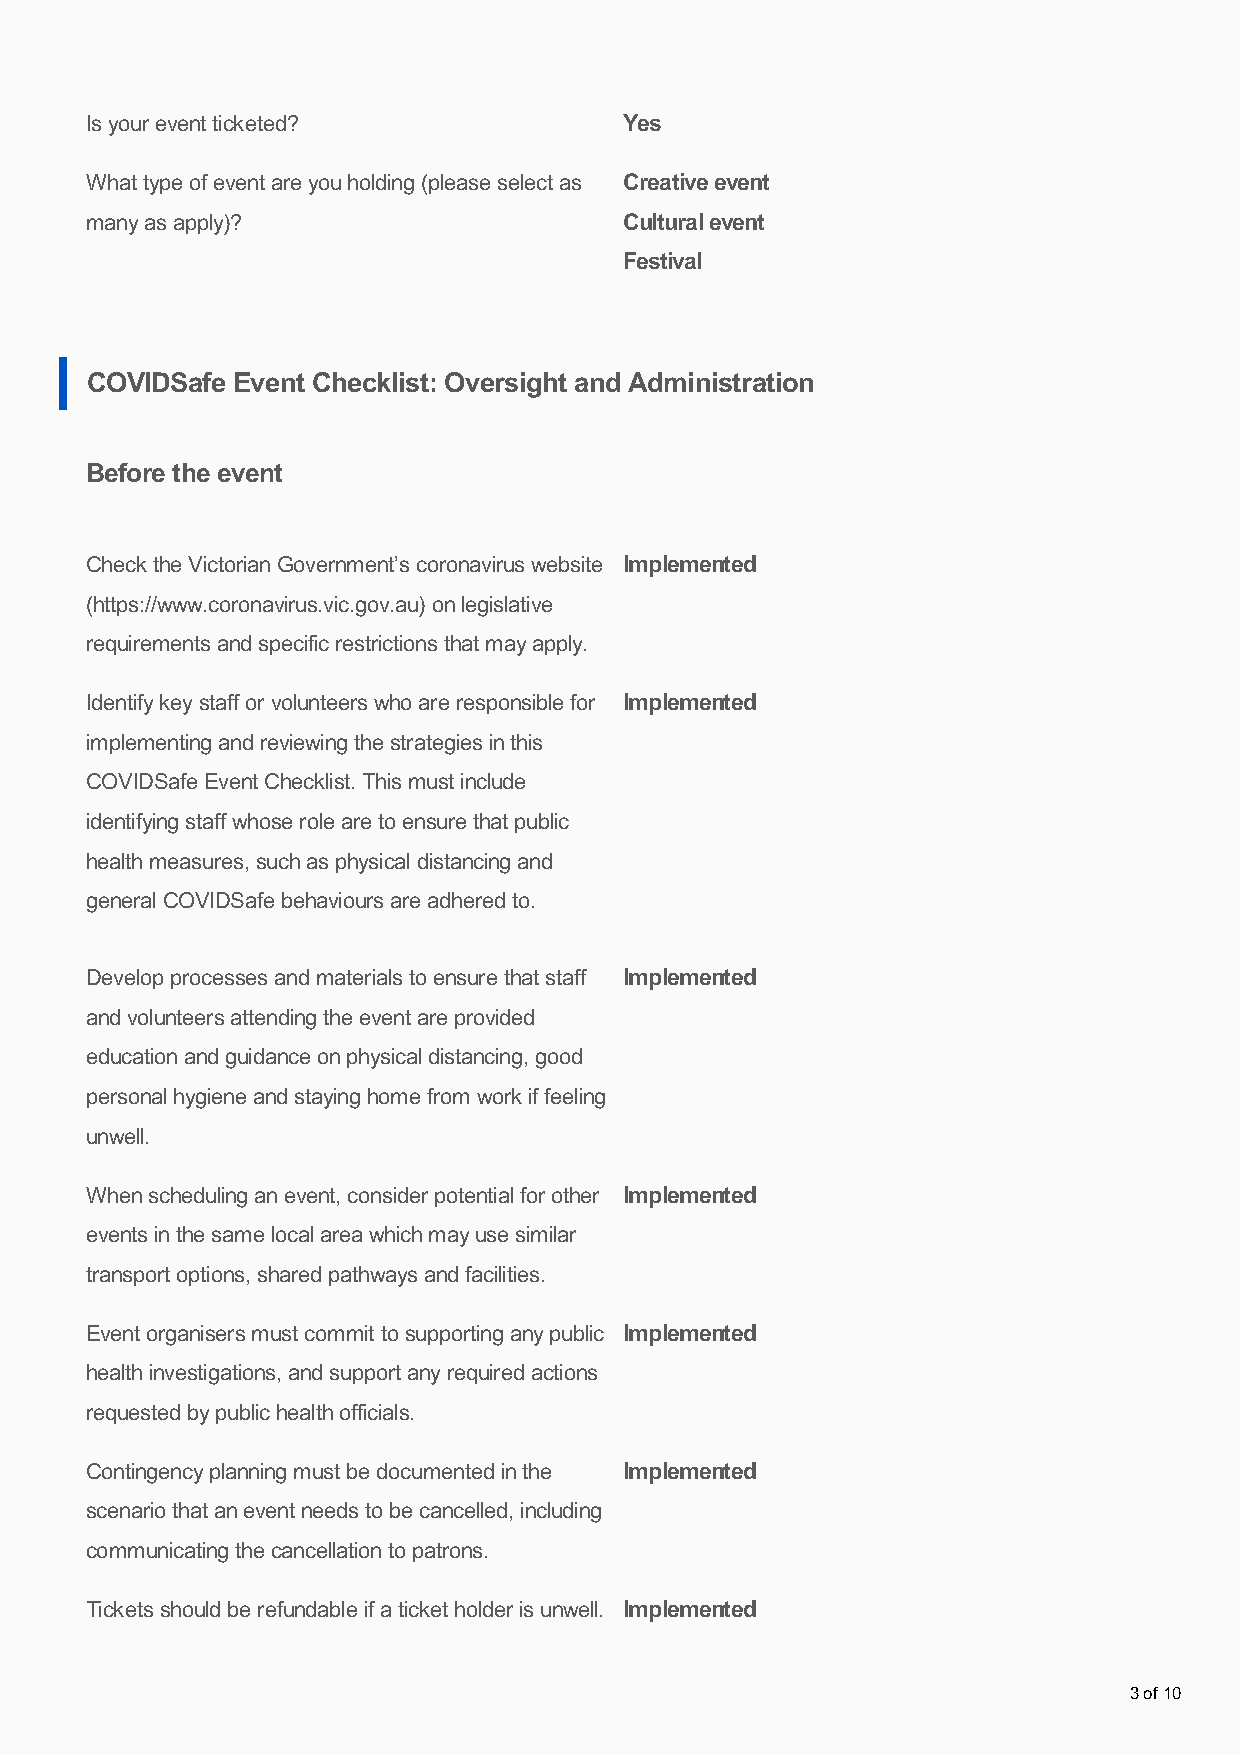
Is your event ticketed?            Yes
 What type of event are you holding (please select as Creative event
 many as apply)?                    Cultural event
 Festival
 COVIDSafe Event Checklist: Oversight and Administration
 Before the event
 Check the Victorian Government’s coronavirus website Implemented
 (https://www.coronavirus.vic.gov.au) on legislative
 requirements and specific restrictions that may apply.
 Identify key staff or volunteers who are responsible for Implemented
 implementing and reviewing the strategies in this
 COVIDSafe Event Checklist. This must include
 identifying staff whose role are to ensure that public
 health measures, such as physical distancing and
 general COVIDSafe behaviours are adhered to.
 Develop processes and materials to ensure that staff Implemented
 and volunteers attending the event are provided
 education and guidance on physical distancing, good
 personal hygiene and staying home from work if feeling
 unwell.
 When scheduling an event, consider potential for other Implemented
 events in the same local area which may use similar
 transport options, shared pathways and facilities.
 Event organisers must commit to supporting any public Implemented
 health investigations, and support any required actions
 requested by public health officials.
 Contingency planning must be documented in the Implemented
 scenario that an event needs to be cancelled, including
 communicating the cancellation to patrons.
 Tickets should be refundable if a ticket holder is unwell. Implemented
 3 of 10